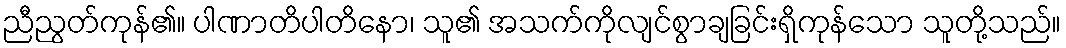
ညီညွတ်ကုန်၏။ ပါဏာတိပါတိနော၊ သူ၏ အသက်ကိုလျင်စွာချခြင်းရှိကုန်သော သူတို့သည်။